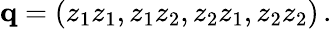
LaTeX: {\mathbf q}=(z_{1}z_{1},z_{1}z_{2},z_{2}z_{1},z_{2}z_{2})\, .